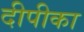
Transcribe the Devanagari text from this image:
दीपीका